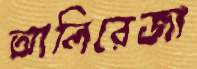
আলিরেজা